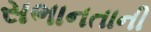
સભાનતાની